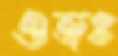
ওজঃ